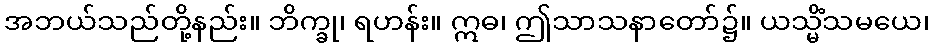
အဘယ်သည်တို့နည်း။ ဘိက္ခု၊ ရဟန်း။ ဣဓ၊ ဤသာသနာတော်၌။ ယသ္မိံသမယေ၊